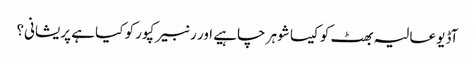
آڈیو عالیہ بھٹ کو کیسا شوہر چاہیے اور رنبیر کپور کو کیا ہے پریشانی؟